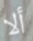
ألا